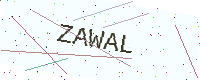
Text: ZAWAL